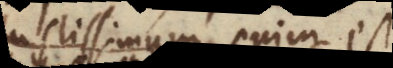
justissimum enim est,